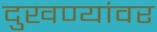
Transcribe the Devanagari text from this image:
दुखण्यांवर